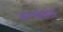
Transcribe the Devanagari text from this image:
सल्ल्यानंतर